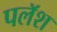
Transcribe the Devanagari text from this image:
पलॅश